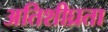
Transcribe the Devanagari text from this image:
अतिशीघ्रता